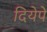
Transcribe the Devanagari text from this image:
दियेपे